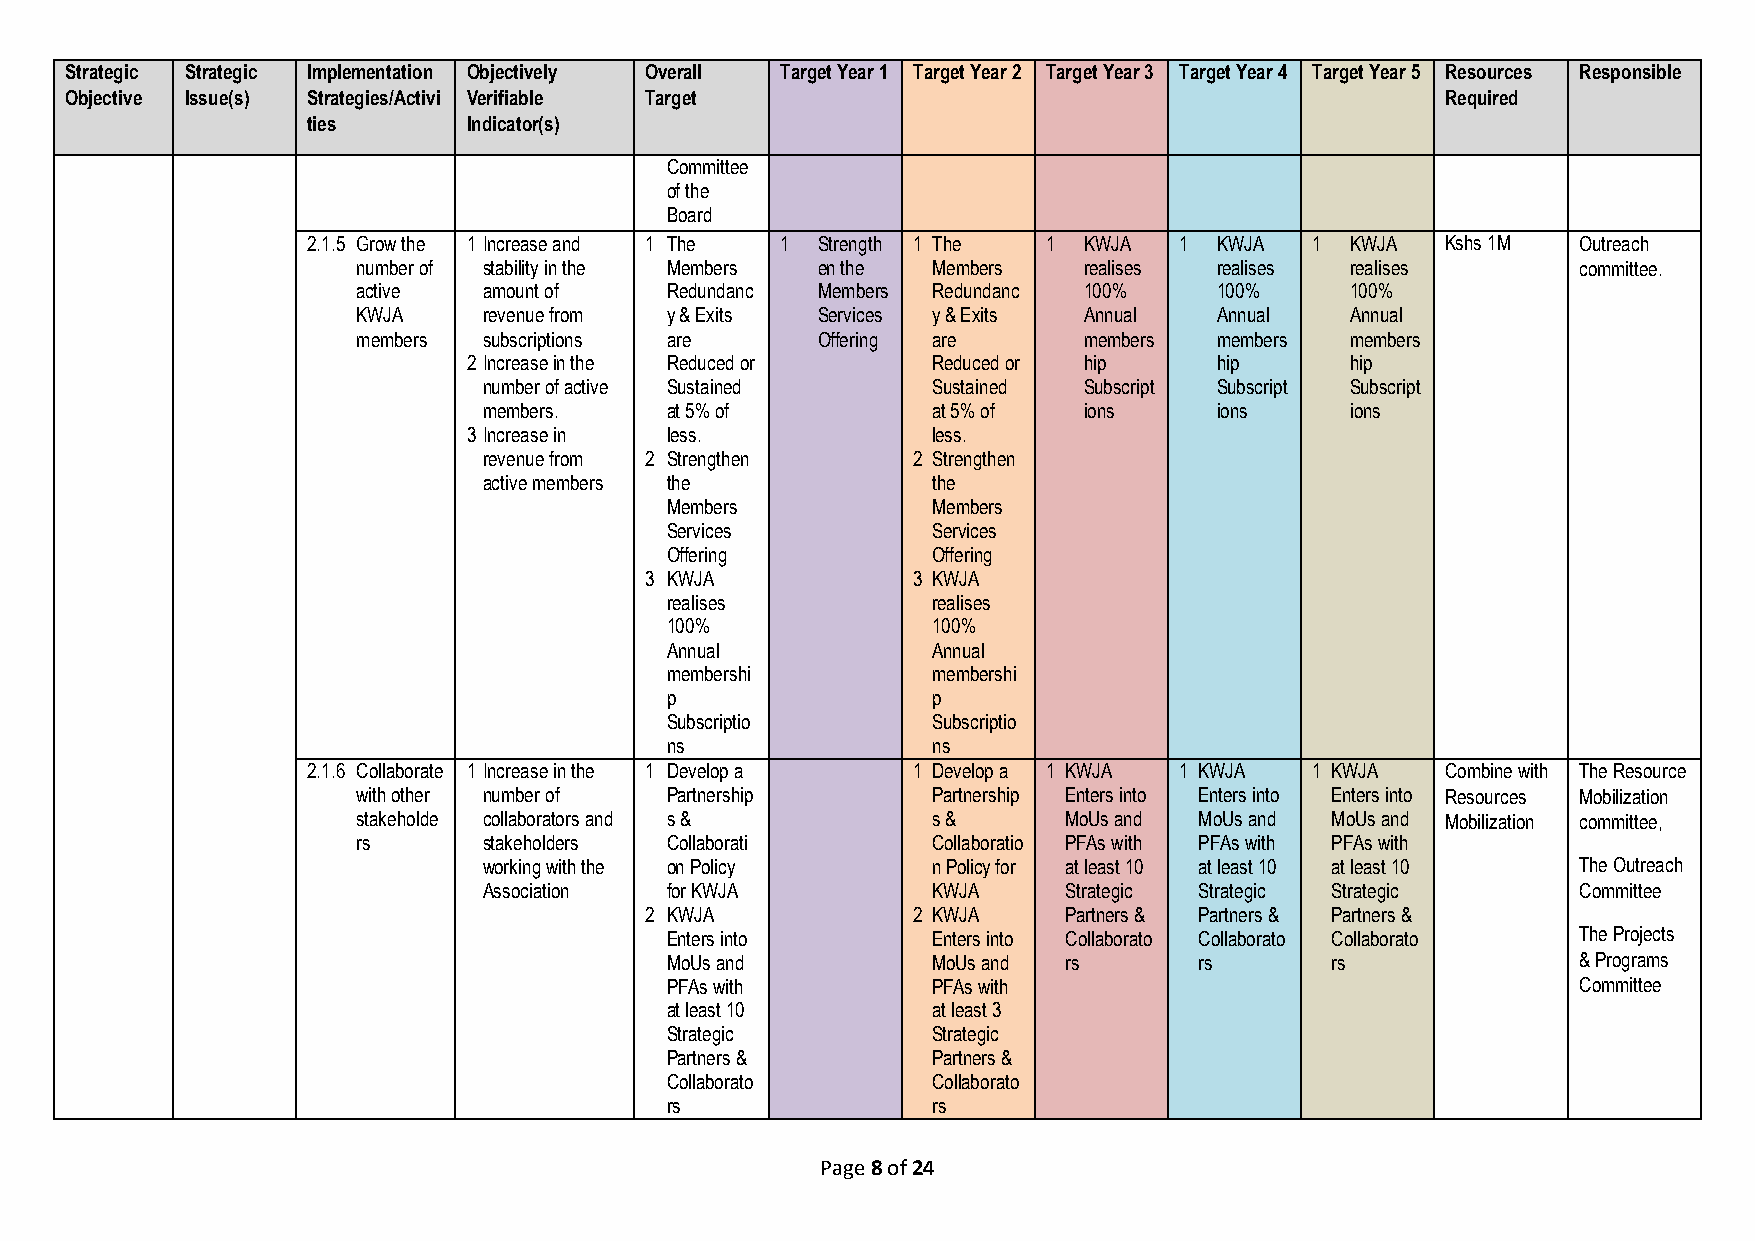
Strategic Strategic Implementation Objectively Overall Target Year 1 Target Year 2 Target Year 3 Target Year 4 Target Year 5 Resources Responsible
 Objective Issue(s) Strategies/Activi Verifiable Target                                      Required
 ties       Indicator(s)
 Committee
 of the
 Board
 2.1.5 Grow the 1 Increase and 1 The 1 Strength 1 The 1 KWJA 1 KWJA 1 KWJA   Kshs 1M  Outreach
 number of stability in the Members en the Members realises realises realises     committee.
 active  amount of   Redundanc Members Redundanc 100%     100%    100%
 KWJA    revenue from y & Exits Services y & Exits Annual Annual  Annual
 members subscriptions are     Offering are      members  members members
 2 Increase in the Reduced or   Reduced or hip     hip     hip
 number of active Sustained    Sustained Subscript Subscript Subscript
 members.    at 5% of          at 5% of  ions     ions    ions
 3 Increase in less.            less.
 revenue from 2 Strengthen   2 Strengthen
 active members the            the
 Members           Members
 Services          Services
 Offering          Offering
 3 KWJA           3 KWJA
 realises          realises
 100%              100%
 Annual            Annual
 membershi         membershi
 p                 p
 Subscriptio       Subscriptio
 ns                ns
 2.1.6 Collaborate 1 Increase in the 1 Develop a 1 Develop a 1 KWJA 1 KWJA 1 KWJA Combine with The Resource
 with other number of Partnership      Partnership Enters into Enters into Enters into Resources Mobilization
 stakeholde collaborators and s &      s &     MoUs and MoUs and MoUs and Mobilization committee,
 rs      stakeholders Collaborati      Collaboratio PFAs with PFAs with PFAs with
 working with the on Policy    n Policy for at least 10 at least 10 at least 10 The Outreach
 Association for KWJA          KWJA    Strategic Strategic Strategic      Committee
 2 KWJA           2 KWJA    Partners & Partners & Partners &
 Enters into       Enters into Collaborato Collaborato Collaborato The Projects
 MoUs and          MoUs and rs      rs       rs               & Programs
 PFAs with         PFAs with                                  Committee
 at least 10       at least 3
 Strategic         Strategic
 Partners &        Partners &
 Collaborato       Collaborato
 rs                rs
 Page 8 of 24